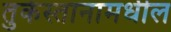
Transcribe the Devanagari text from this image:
तुर्कस्तानामधील